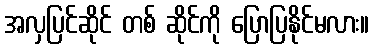
အလှပြင်ဆိုင် တစ် ဆိုင်ကို ပြောပြနိုင်မလား။